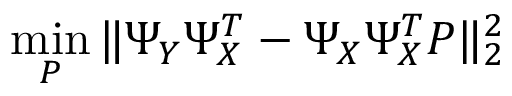
\operatorname* { m i n } _ { P } \| \Psi _ { Y } \Psi _ { X } ^ { T } - \Psi _ { X } \Psi _ { X } ^ { T } P \| _ { 2 } ^ { 2 }